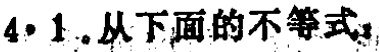
4.1.从下面的不等式：